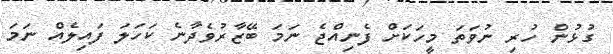
ގުޅުން ހުރި ނުވަތަ މީހަކަށް ފެނިއްޖެ ނަމަ ބޭޒާރުވެދާނެ ކަހަލަ ފައިލެއް ނަމަ